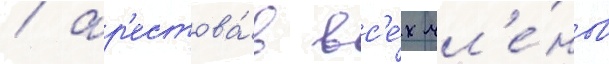
/ ар'естова́в вс'е́х чл'е́нов